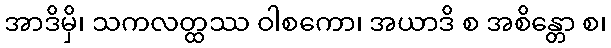
အာဒိမှိ၊ သကလတ္ထဿ ဝါစကော၊ အယာဒိ စ အစိန္တော စ၊